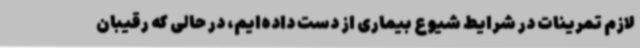
لازم تمرینات در شرایط شیوع بیماری از دست داده‌ایم، در حالی که رقیبان